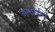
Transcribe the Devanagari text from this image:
अश्वमेधि